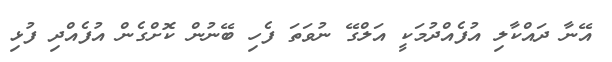
އޭނާ ދައްކާލި އުފެއްދުމަކީ އަލްގޭ ނުވަތަ ފެހި ބޭނުން ކޮށްގެން އުފެއްދި ފުޅި